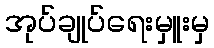
အုပ်ချုပ်ရေးမှူးမှ